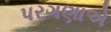
પરગણાએ